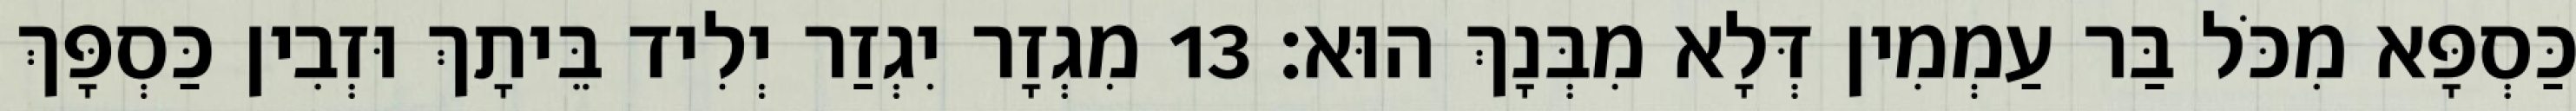
כַּסְפָּא מִכֹּל בַּר עַמְמִין דְּלָא מִבְּנָךְ הוּא׃ 13 מִגְזָר יִגְזַר יְלִיד בֵּיתָךְ וּזְבִין כַּסְפָּךְ